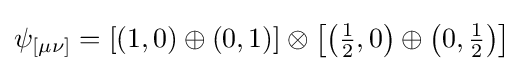
\psi _{[\mu \nu ]}=[(1,0)\oplus (0,1)]\otimes \left[\left({\tfrac {1}{2}},0\right)\oplus \left(0,{\tfrac {1}{2}}\right)\right]